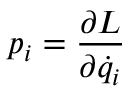
p _ { i } = { \frac { \partial L } { \partial { \dot { q } } _ { i } } }